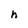
Character: h